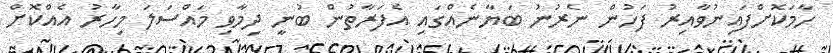
ހާމަކޮށްފައިނުވާއިރު ފަހުން ނެރުނު ބަޔާނެއްގައި އެފަރާތުން ބުނީ ދިމާވި މައްސަލަ މިހާރު އެއްކޮށް